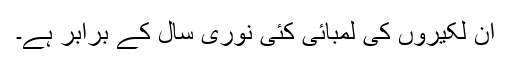
ان لکیروں کی لمبائی کئی نوری سال کے برابر ہے۔